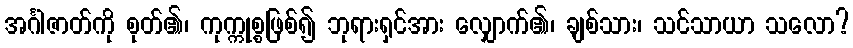
အင်္ဂါဇာတ်ကို စုတ်၏၊ ကုက္ကုစ္စဖြစ်၍ ဘုရားရှင်အား လျှောက်၏၊ ချစ်သား၊ သင်သာယာ သလော?